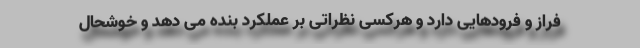
فراز و فرودهایی دارد و هرکسی نظراتی بر عملکرد بنده می دهد و خوشحال